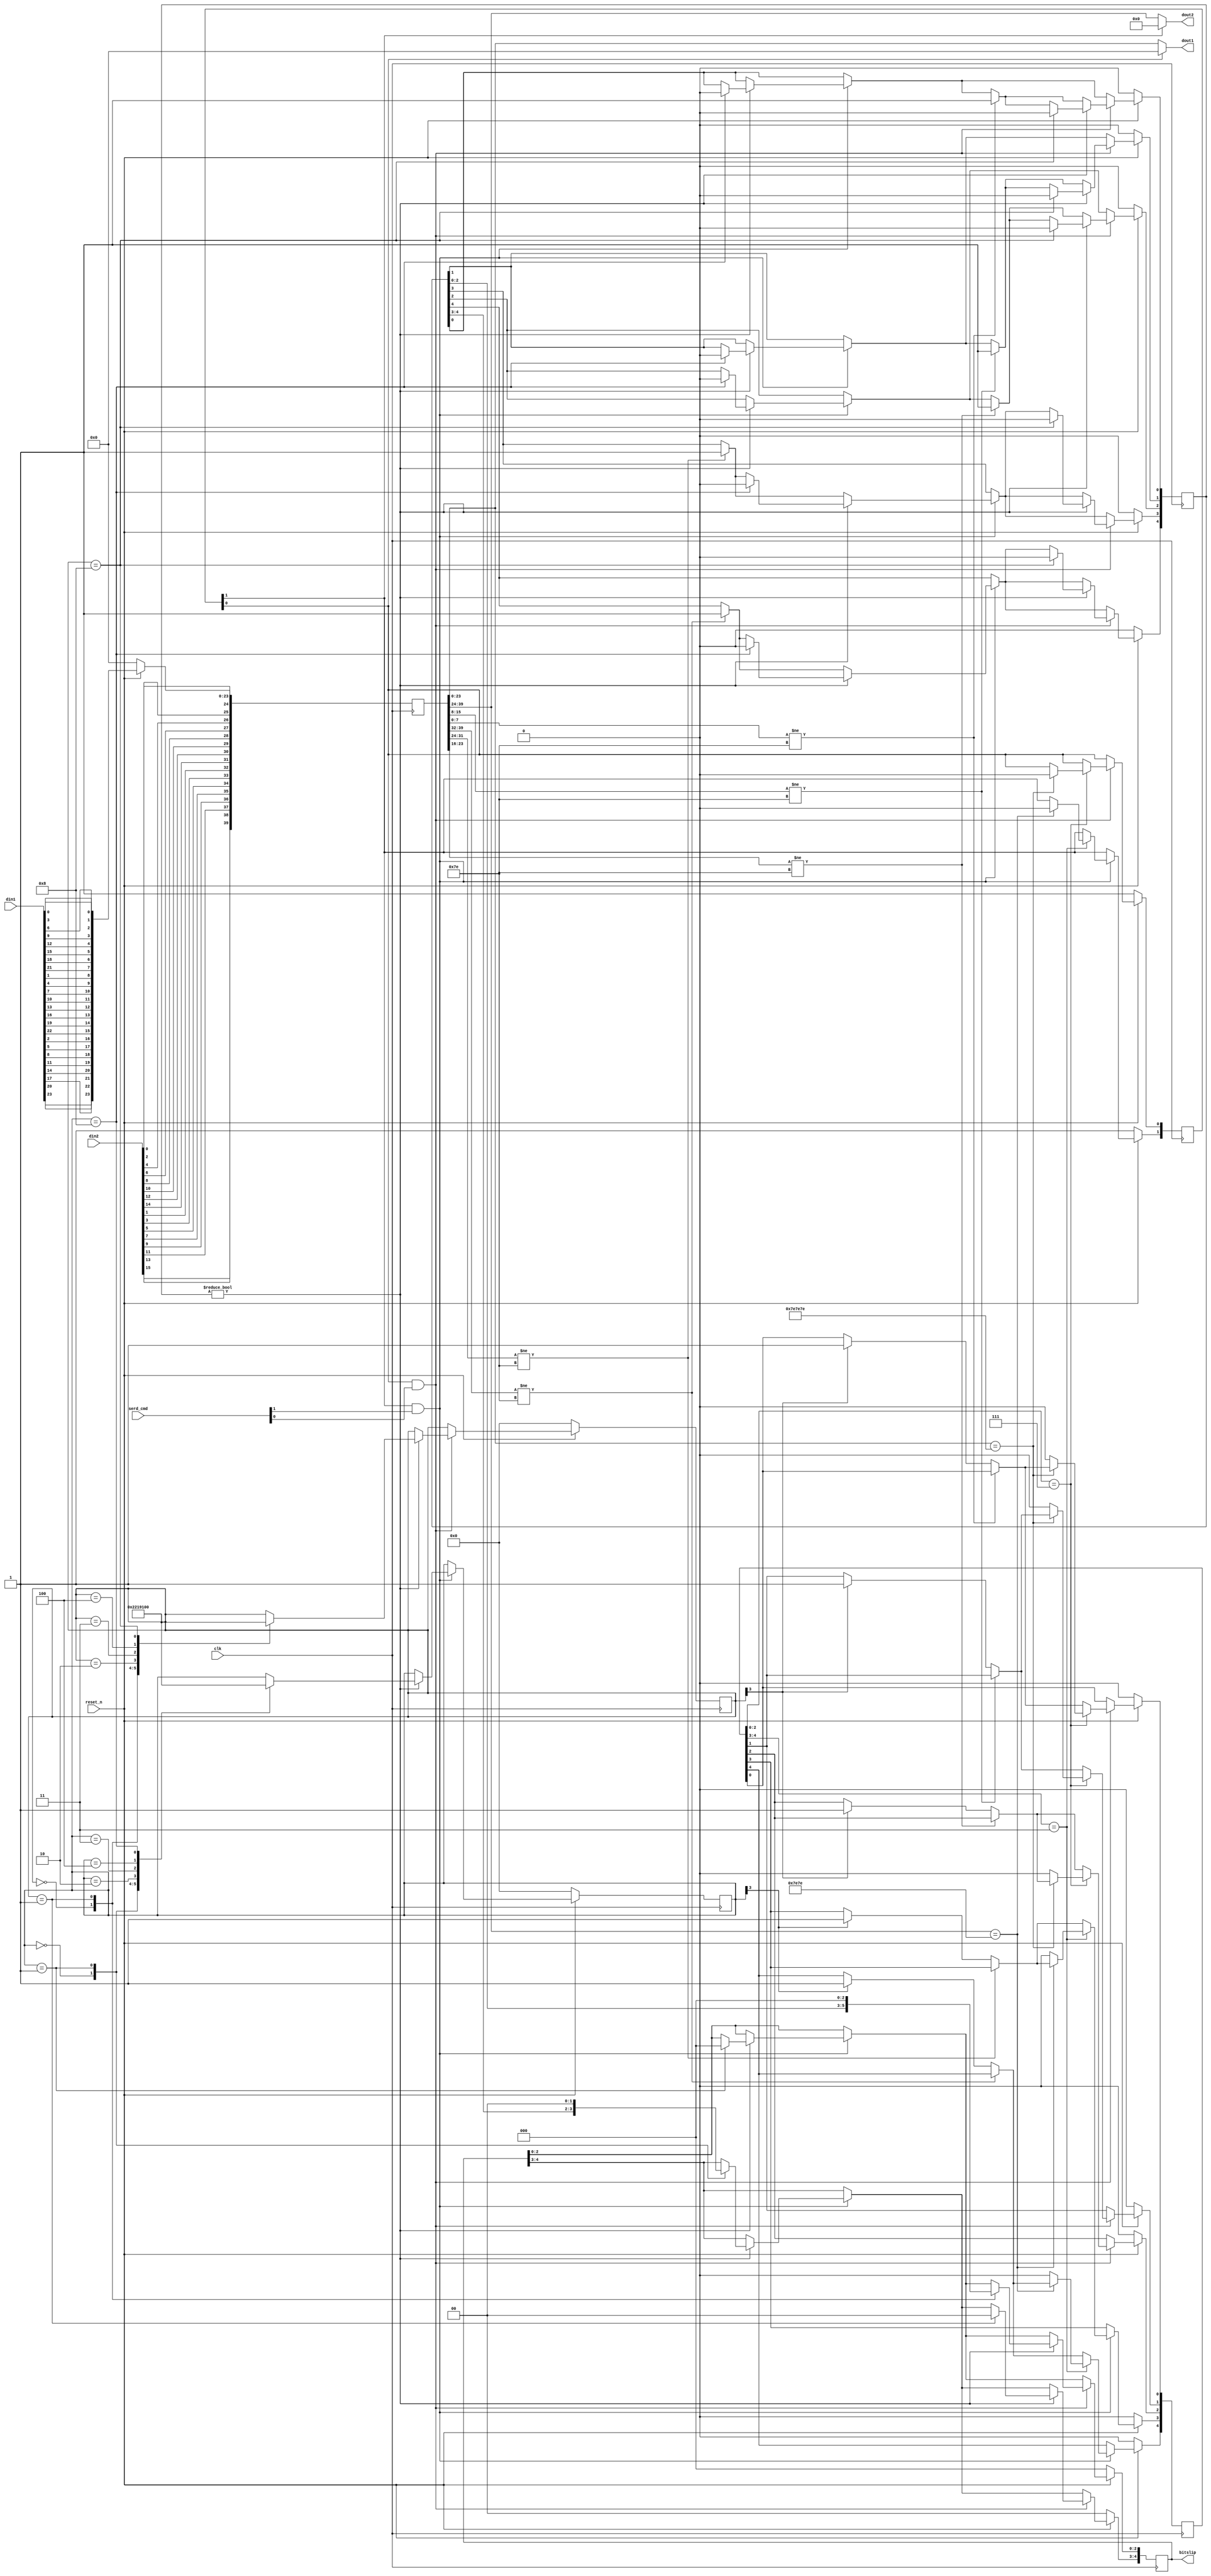
module deserializer_8b (
        input wire clk,
        input wire reset_n,
        input wire [1:0] serd_cmd,        
        input wire [23:0] din1,
        input wire [15:0] din2,        
        output wire [23:0] dout1,
        output wire [15:0] dout2,        
        output reg [4:0] bitslip
    );
    
    reg [39:0] rxdata;
    always @( posedge clk )
    begin
       if (reset_n == 1'b0) rxdata <= 0;
	   else 
	  // Used for shift data only on 8 bit 
	   rxdata[23:0] <=    {din1[23] ,din1[20] ,din1[17], din1[14], din1[11], din1[8] ,din1[5]  ,din1[2],
                           din1[22] ,din1[19] ,din1[16], din1[13], din1[10], din1[7] ,din1[4]  ,din1[1],                                                                                       	            
                           din1[21] ,din1[18] ,din1[15], din1[12], din1[9],  din1[6] ,din1[3]  ,din1[0]};  

	   rxdata[39:24] <=   {din2[15] ,din2[13] ,din2[11], din2[9], din2[7], din2[5] ,din2[3]  ,din2[1],                                                                                       	            
                           din2[14] ,din2[12] ,din2[10], din2[8], din2[6], din2[4] ,din2[2]  ,din2[0]};                       
    end
    
    
    assign dout1 = (!enable[0]) ? rxdata[23:0] : 0;
    assign dout2 = (!enable[1]) ? rxdata[39:24] : 0; 
    
    reg [4:0] flag;
    reg [4:0] ready; 
    reg [1:0] enable;
    reg [4:0] bstate1;
    reg [4:0] bstate2;    
   // Two state bitslip operation to sync 2 separated io_wizards
    always @( posedge clk )
    begin       
            if ( reset_n == 1'b0 ) begin
                enable  <= 2'b11;                          
                flag    <= 0;
                bitslip <= 0;
                ready <= 0;
                bstate1  <= 5'h0;   
                bstate2  <= 5'h0;                   
            end
            else begin 
            if ( enable[1] && serd_cmd[1] ) begin
                if ( rxdata[39:32] != 8'h7E ) 
                    flag[4] <= 1'b1;
                else if ( bstate2[3] ) 
                begin
                    ready[4] <= 1'b1;
                end   
                
                if ( rxdata[31:24] != 8'h7E ) 
                    flag[3] <= 1'b1;
                else if ( bstate2[3] ) 
                begin
                    ready[3] <= 1'b1;
                end
                                
                if ( ready[4:3] == 2'b11 )
                begin
                    if ( rxdata[39:24] == 16'h7E7E ) enable[1] <= 1'b0;
                    else ready[4:3] <= 2'b00;
                end                                                
                                      
                if ( flag != 0 ) begin
                case ( bstate2 ) 
                    4'h0: begin
                        bstate2 <= 5'h1;
                        bitslip[4:3] <= {flag[4],flag[3]};
                    end
                    4'h1: begin
                        bstate2 <= 5'h2;
                        bitslip <= 0;
                    end
                    4'h2: begin
                        bstate2 <= 5'h3;
                    end
                    4'h3: begin
                        bstate2 <= 5'h4;
                    end   
                    4'h4: begin
                        bstate2 <= 5'h8;
                    end 
                    4'h8: begin
                        bstate2 <= 5'h0;
                        flag <= 0;
                    end                   
                endcase                                                         
                end                    
            end // end of enable[1]   

            if ( enable[0] && serd_cmd[0] ) begin
                if ( rxdata[23:16] != 8'h7E ) 
                    flag[2] <= 1'b1;
                else if ( bstate1[3] ) 
                begin
                    ready[2] <= 1'b1;
                end
                            
                if ( rxdata[15:8] != 8'h7E ) 
                    flag[1] <= 1'b1;
                else if ( bstate1[3] ) 
                begin
                    ready[1] <= 1'b1;
                end   
                
                if ( rxdata[7:0] != 8'h7E ) 
                    flag[0] <= 1'b1;
                else if ( bstate1[3] ) 
                begin
                    ready[0] <= 1'b1;
                end
                                
                if ( ready[2:0] == 3'b111 )
                begin
                    if ( rxdata[23:0] == 24'h7E7E7E ) enable[0] <= 1'b0;
                    else ready[2:0] <= 2'b00;                
                end                                                
                                      
                if ( flag != 0 ) begin
                case ( bstate1 ) 
                    4'h0: begin
                        bstate1 <= 5'h1;
                        bitslip[2:0] <= {flag[2],flag[1],flag[0]};
                    end
                    4'h1: begin
                        bstate1 <= 5'h2;
                        bitslip <= 0;
                    end
                    4'h2: begin
                        bstate1 <= 5'h3;
                    end
                    4'h3: begin
                        bstate1 <= 5'h4;
                    end   
                    4'h4: begin
                        bstate1 <= 5'h8;
                    end 
                    4'h8: begin
                        bstate1 <= 5'h0;
                        flag <= 0;
                    end                   
                endcase                                                         
                end                    
            end // end of enable[0]  
         end                           
    end // end of always block                                          

    endmodule